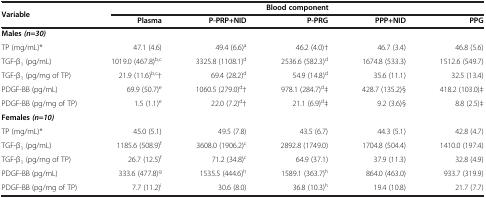
| Variable | <COLSPAN=5> Blood component |
 |  | Plasma | P-PRP+NID | P-PRG | PPP+NID | PPG |
 | --- | --- | --- | --- | --- | --- |
 | Males(n=30) |  |  |  |  |  |
 | TP (mg/mL)* | 47.1 (4.6) | 49.4 (6.6)a | 46.2 (4.0)† | 46.7 (3.4) | 46.8 (5.6) |
 | TGF-β1 (pg/mL) | 1019.0 (467.8)b,c | 3325.8 (1108.1)d | 2536.6 (582.3)d | 1674.8 (533.3) | 1512.6 (549.7) |
 | TGF-β1 (pg/mg of TP) | 21.9 (11.6)b,c† | 69.4 (28.2)d | 54.9 (14.8)d | 35.6 (11.1) | 32.5 (13.4) |
 | PDGF-BB (pg/mL) | 69.9 (50.7)e | 1060.5 (279.0)d† | 978.1 (284.7)d‡ | 428.7 (135.2)§ | 418.2 (103.0)‡ |
 | PDGF-BB (pg/mg of TP) | 1.5 (1.1)e | 22.0 (7.2)d† | 21.1 (6.9)d‡ | 9.2 (3.6)§ | 8.8 (2.5)‡ |
 | Females(n=10) |  |  |  |  |  |
 | TP (mg/mL)* | 45.0 (5.1) | 49.5 (7.8) | 43.5 (6.7) | 44.3 (5.1) | 42.8 (4.7) |
 | TGF-β1 (pg/mL) | 1185.6 (508.9)f | 3608.0 (1906.2)c | 2892.8 (1749.0) | 1704.8 (504.4) | 1410.0 (197.4) |
 | TGF-β1 (pg/mg of TP) | 26.7 (12.5)f | 71.2 (34.8)c | 64.9 (37.1) | 37.9 (11.3) | 32.8 (4.9) |
 | PDGF-BB (pg/mL) | 333.6 (477.8)g | 1535.5 (444.6)h | 1589.1 (363.7)h | 864.0 (463.0) | 933.7 (319.9) |
 | PDGF-BB (pg/mg of TP) | 7.7 (11.2)i | 30.6 (8.0) | 36.8 (10.3)h | 19.4 (10.8) | 21.7 (7.7) |